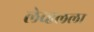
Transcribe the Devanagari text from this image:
लेव्हलला